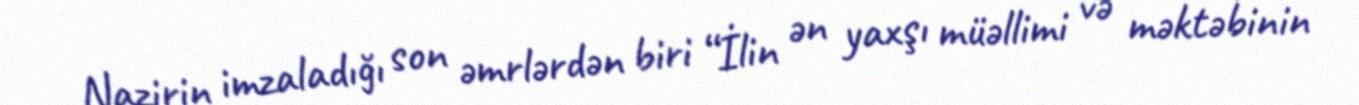
Nazirin imzaladığı son əmrlərdən biri “İlin ən yaxşı müəllimi və məktəbinin